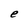
Character: e